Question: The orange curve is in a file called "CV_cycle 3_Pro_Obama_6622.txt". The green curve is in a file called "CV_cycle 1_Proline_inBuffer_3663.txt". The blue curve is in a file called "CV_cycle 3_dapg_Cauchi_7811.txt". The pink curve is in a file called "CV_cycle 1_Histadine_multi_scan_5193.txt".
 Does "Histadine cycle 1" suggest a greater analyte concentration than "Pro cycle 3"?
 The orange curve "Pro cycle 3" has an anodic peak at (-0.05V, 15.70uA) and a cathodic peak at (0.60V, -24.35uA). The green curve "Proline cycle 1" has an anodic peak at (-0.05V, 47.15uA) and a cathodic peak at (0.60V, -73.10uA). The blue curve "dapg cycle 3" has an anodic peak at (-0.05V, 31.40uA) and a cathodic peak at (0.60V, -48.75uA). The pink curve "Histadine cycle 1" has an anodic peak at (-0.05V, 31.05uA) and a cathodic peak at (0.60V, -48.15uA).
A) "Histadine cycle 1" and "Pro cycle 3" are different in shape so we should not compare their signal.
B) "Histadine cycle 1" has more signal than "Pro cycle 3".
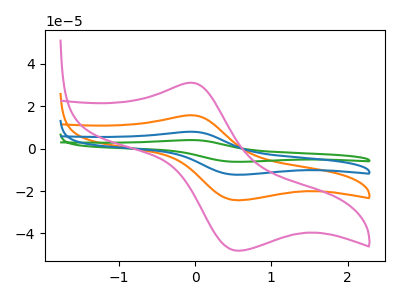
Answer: <think>All the peaks in "Histadine cycle 1" have a peak in "Pro cycle 3" at the same potential. Every peak in "Histadine cycle 1" is higher than every peak in "Pro cycle 3".
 </think>
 <answer>B) "Histadine cycle 1" has more signal than "Pro cycle 3".</answer>
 <eval>B</eval>